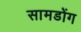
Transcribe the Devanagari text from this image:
सामडोंग